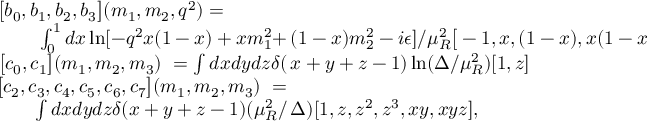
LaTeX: \begin{array} { r l } { { \big [ b _ { 0 } , b _ { 1 } , b _ { 2 } , b _ { 3 } \big ] ( m _ { 1 } , m _ { 2 } , q ^ { 2 } ) = \ \ \ \ \ \ \ \ \ \ } } & { { } } \\ { { \int _ { 0 } ^ { 1 } d x \ln [ - q ^ { 2 } x ( 1 - x ) + x m _ { 1 } ^ { 2 } + } } & { { \! \! \! \! \! ( 1 - x ) m _ { 2 } ^ { 2 } - i \epsilon ] / \mu _ { R } ^ { 2 } \big [ - 1 , x , ( 1 - x ) , x ( 1 - x ) \big ] } } \\ { { \big [ c _ { 0 } , c _ { 1 } \big ] ( m _ { 1 } , m _ { 2 } , m _ { 3 } ) \ = \int d x d y d z \delta ( } } & { { \! \! \! \! \! x + y + z - 1 ) \ln ( \Delta / \mu _ { R } ^ { 2 } ) [ 1 , z ] } } \\ { { \big [ c _ { 2 } , c _ { 3 } , c _ { 4 } , c _ { 5 } , c _ { 6 } , c _ { 7 } \big ] ( m _ { 1 } , m _ { 2 } , m _ { 3 } ) \ = } } & { { } } \\ { { \int d x d y d z \delta ( x + y + z - 1 ) ( \mu _ { R } ^ { 2 } / } } & { { \! \! \! \! \! \Delta ) [ 1 , z , z ^ { 2 } , z ^ { 3 } , x y , x y z ] , } } \end{array}